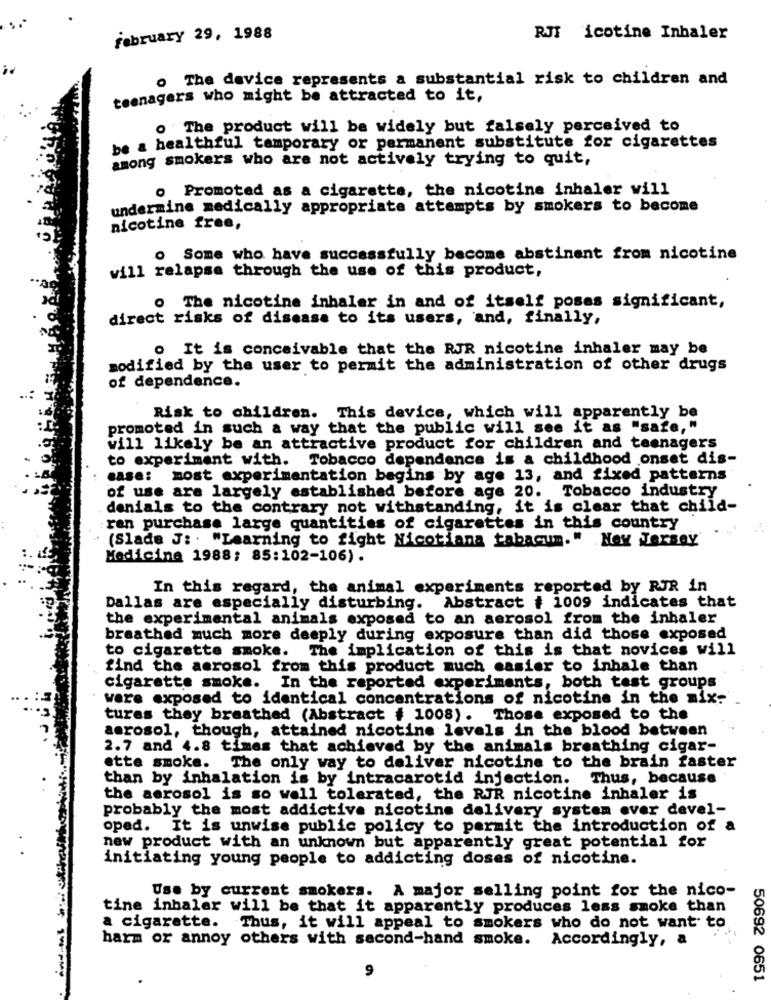
february 29, 1988
RJI icotine Inhaler
o The device represents a substantial risk to children and
teenagers who might be attracted to it,
o The product will be widely but falsely perceived to
be a healthful temporary or permanent substitute for cigarettes
among smokers who are not actively trying to quit,
o Promoted as a cigarette, the nicotine inhaler will
undermine medically appropriate attempts by smokers to become
nicotine free,
o Some who have successfully become abstinent from nicotine
will relapse through the use of this product,
o The nicotine inhaler in and of itself poses significant,
direct risks of disease to its users, and, finally,
o It is conceivable that the RJR nicotine inhaler may be
modified by the user to permit the administration of other drugs
of dependence.
Risk to children. This device, which will apparently be
promoted in such a way that the public will see it as "safe,"
will likely be an attractive product for children and teenagers
to experiment with.
Tobacco dependence is a childhood onset dis-
case: most experimentation begins by age 13, and fixed patterns
of use are largely established before age 20. Tobacco industry
denials to the contrary not withstanding, it is clear that child-
ren purchase large quantities of cigarettes in this country
(Slade J: . "Learning to fight Nicotiana tabacum." New Jersey
Medicine 1988; 85:102-106).
In this regard, the animal experiments reported by RJR in
Dallas are especially disturbing. Abstract # 1009 indicates that
the experimental animals exposed to an aerosol from the inhaler
breathed much more deeply during exposure than did those exposed
to cigarette smoke. The implication of this is that novices will
find the aerosol from this product much easier to inhale than
cigarette smoke. In the reported experiments, both test groups
were exposed to identical concentrations of nicotine in the mix:
tures they breathed (Abstract # 1008). Those exposed to the
aerosol, though, attained nicotine levels in the blood between
2.7 and 4.8 times that achieved by the animals breathing cigar-
ette smoke. The only way to deliver nicotine to the brain faster
than by inhalation is by intracarotid injection. Thus, because
the aerosol is so well tolerated, the RJR nicotine inhaler is
probably the most addictive nicotine delivery system ever devel-
oped. It is unwise public policy to permit the introduction of a
.
new product with an unknown but apparently great potential for
initiating young people to addicting doses of nicotine.
Use by current smokers. A major selling point for the nico-
tine inhaler will be that it apparently produces less smoke than
a cigarette. Thus, it will appeal to smokers who do not want to
harm or annoy others with second-hand smoke. Accordingly, a
9
50692 0651